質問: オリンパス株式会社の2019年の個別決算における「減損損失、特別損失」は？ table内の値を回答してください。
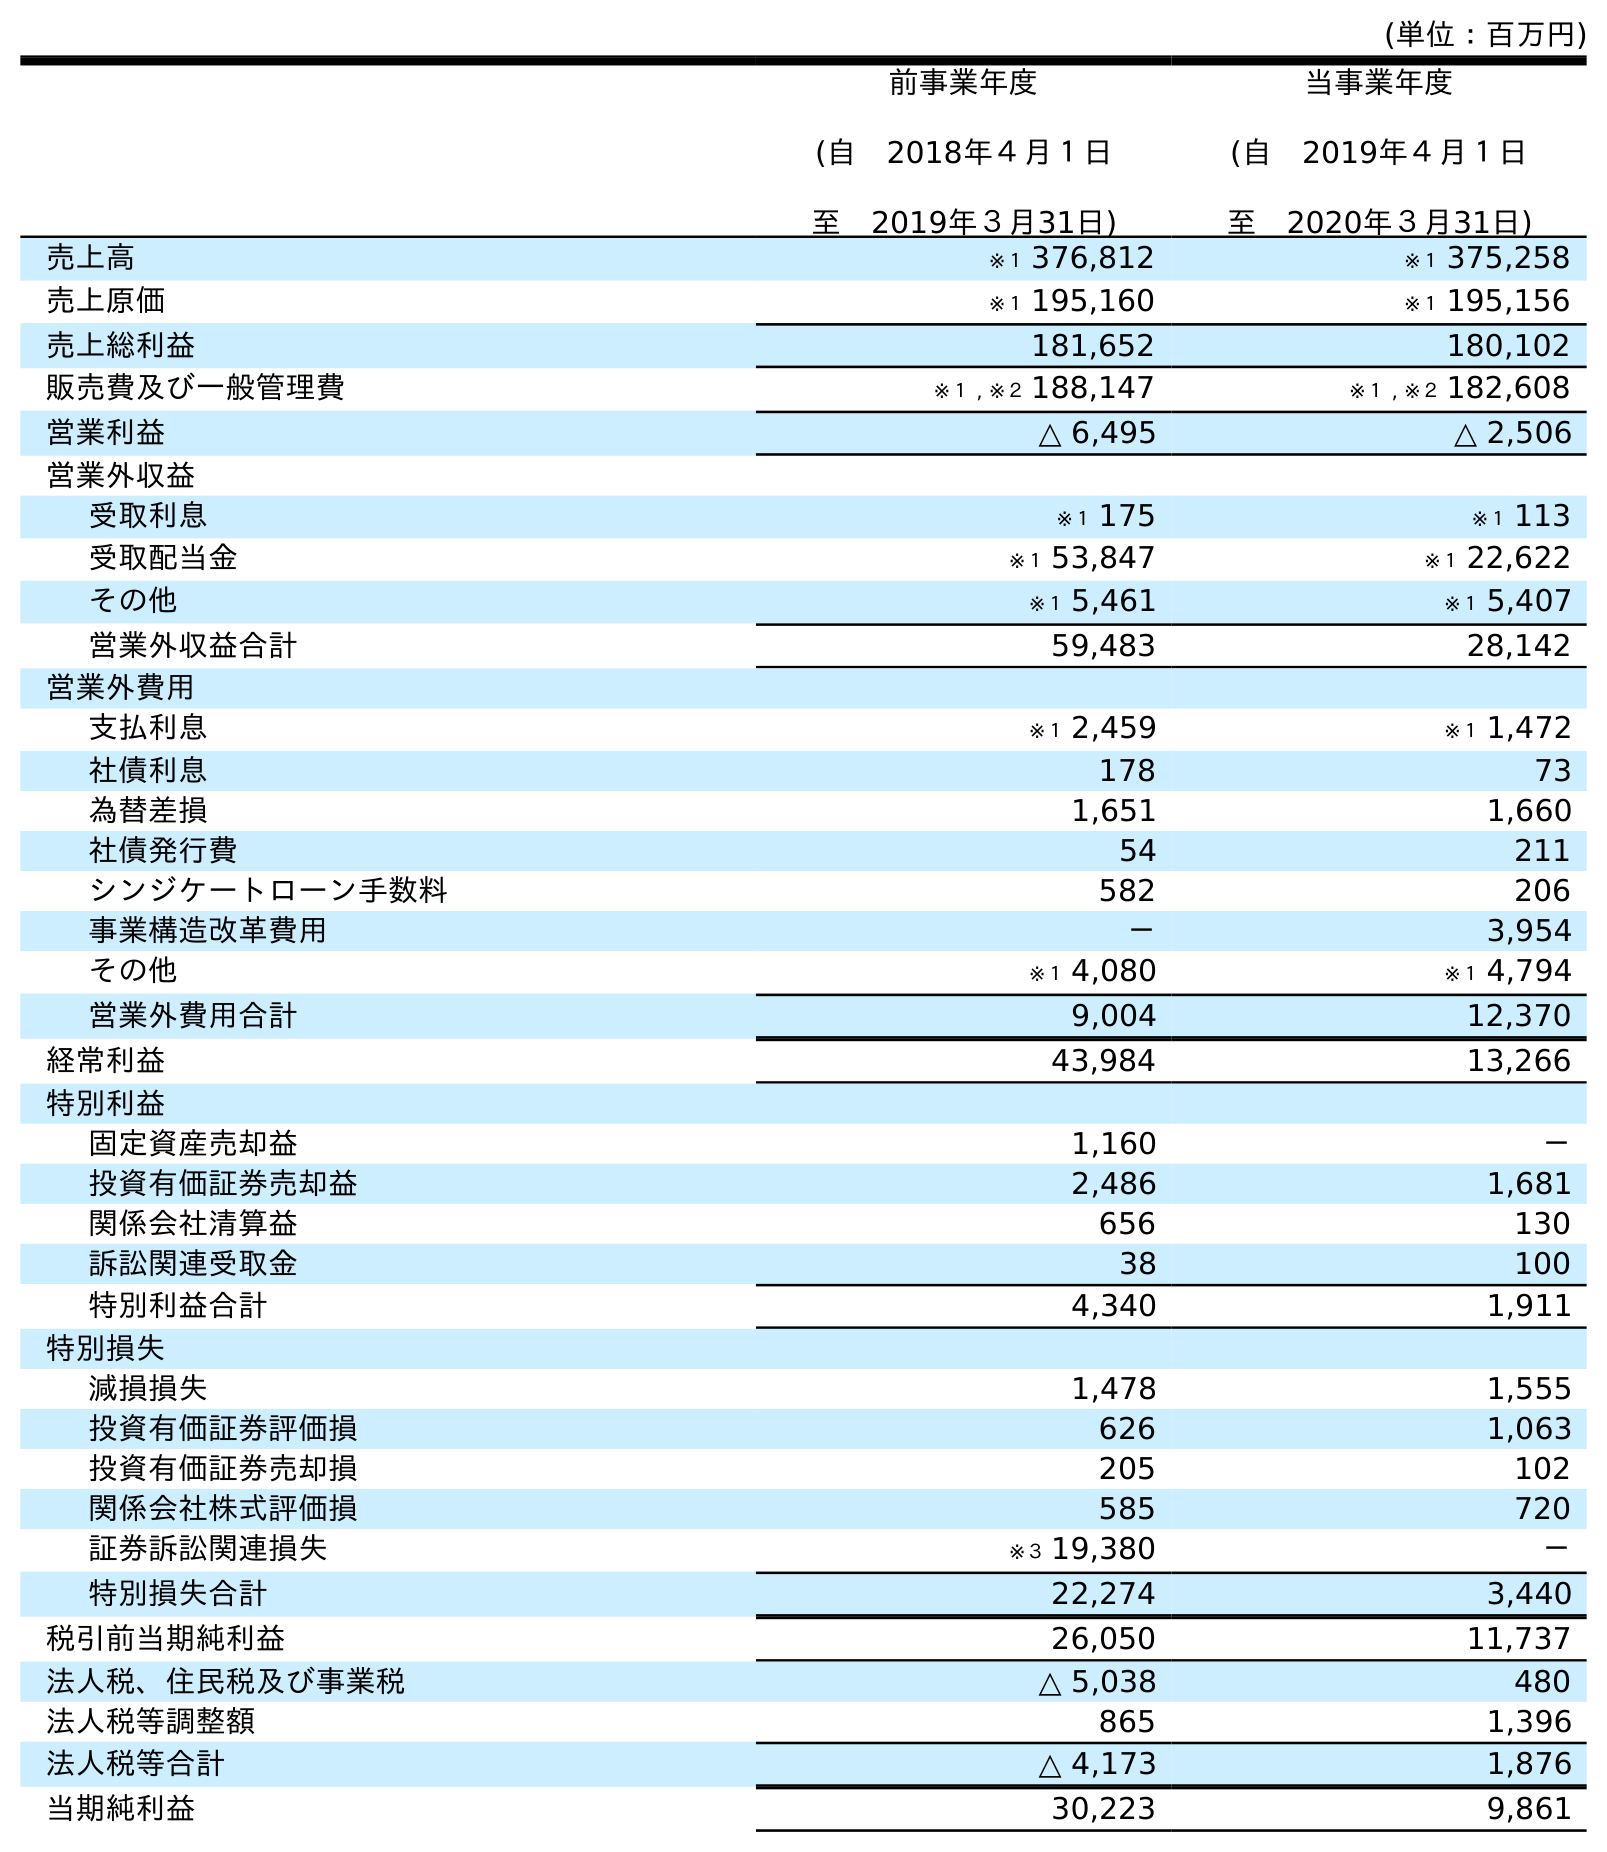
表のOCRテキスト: (単位：百万円) 前事業年度 (自 2018年４月１日 至 2019年３月31日) 当事業年度 (自 2019年４月１日 至 2020年３月31日) 売上高 ※１ 376,812 ※１ 375,258 売上原価 ※１ 195,160 ※１ 195,156 売上総利益 181,652 180,102 販売費及び一般管理費 ※１ , ※２ 188,147 ※１ , ※２ 182,608 営業利益 △ 6,495 △ 2,506 営業外収益 受取利息 ※１ 175 ※１ 113 受取配当金 ※１ 53,847 ※１ 22,622 その他 ※１ 5,461 ※１ 5,407 営業外収益合計 59,483 28,142 営業外費用 支払利息 ※１ 2,459 ※１ 1,472 社債利息 178 73 為替差損 1,651 1,660 社債発行費 54 211 シンジケートローン手数料 582 206 事業構造改革費用 － 3,954 その他 ※１ 4,080 ※１ 4,794 営業外費用合計 9,004 12,370 経常利益 43,984 13,266 特別利益 固定資産売却益 1,160 － 投資有価証券売却益 2,486 1,681 関係会社清算益 656 130 訴訟関連受取金 38 100 特別利益合計 4,340 1,911 特別損失 減損損失 1,478 1,555 投資有価証券評価損 626 1,063 投資有価証券売却損 205 102 関係会社株式評価損 585 720 証券訴訟関連損失 ※３ 19,380 － 特別損失合計 22,274 3,440 税引前当期純利益 26,050 11,737 法人税、住民税及び事業税 △ 5,038 480 法人税等調整額 865 1,396 法人税等合計 △ 4,173 1,876 当期純利益 30,223 9,861
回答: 1,478